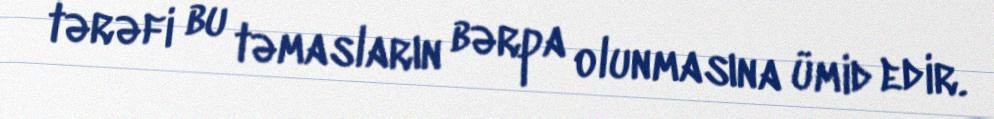
tərəfi bu təmasların bərpa olunmasına ümid edir.